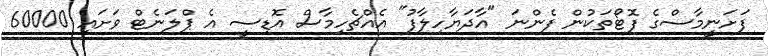
ފަށަނީމާސްގެ ފޮޓޯތަކުން ފެންނަ "އާދަޔާހިލާފު" އެއްޗެހިމާސް އޮޑިސީ އެ ޕްލަނެޓް ވަށައި 60000